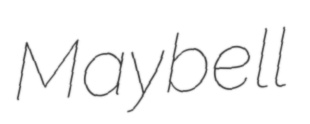
Maybell